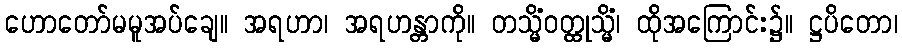
ဟောတော်မမူအပ်ချေ။ အရဟာ၊ အရဟန္တာကို။ တသ္မိံဝတ္ထုသ္မိံ၊ ထိုအကြောင်း၌။ ဋ္ဌပိတော၊